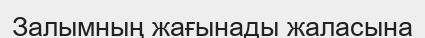
Залымның жағынады жаласына